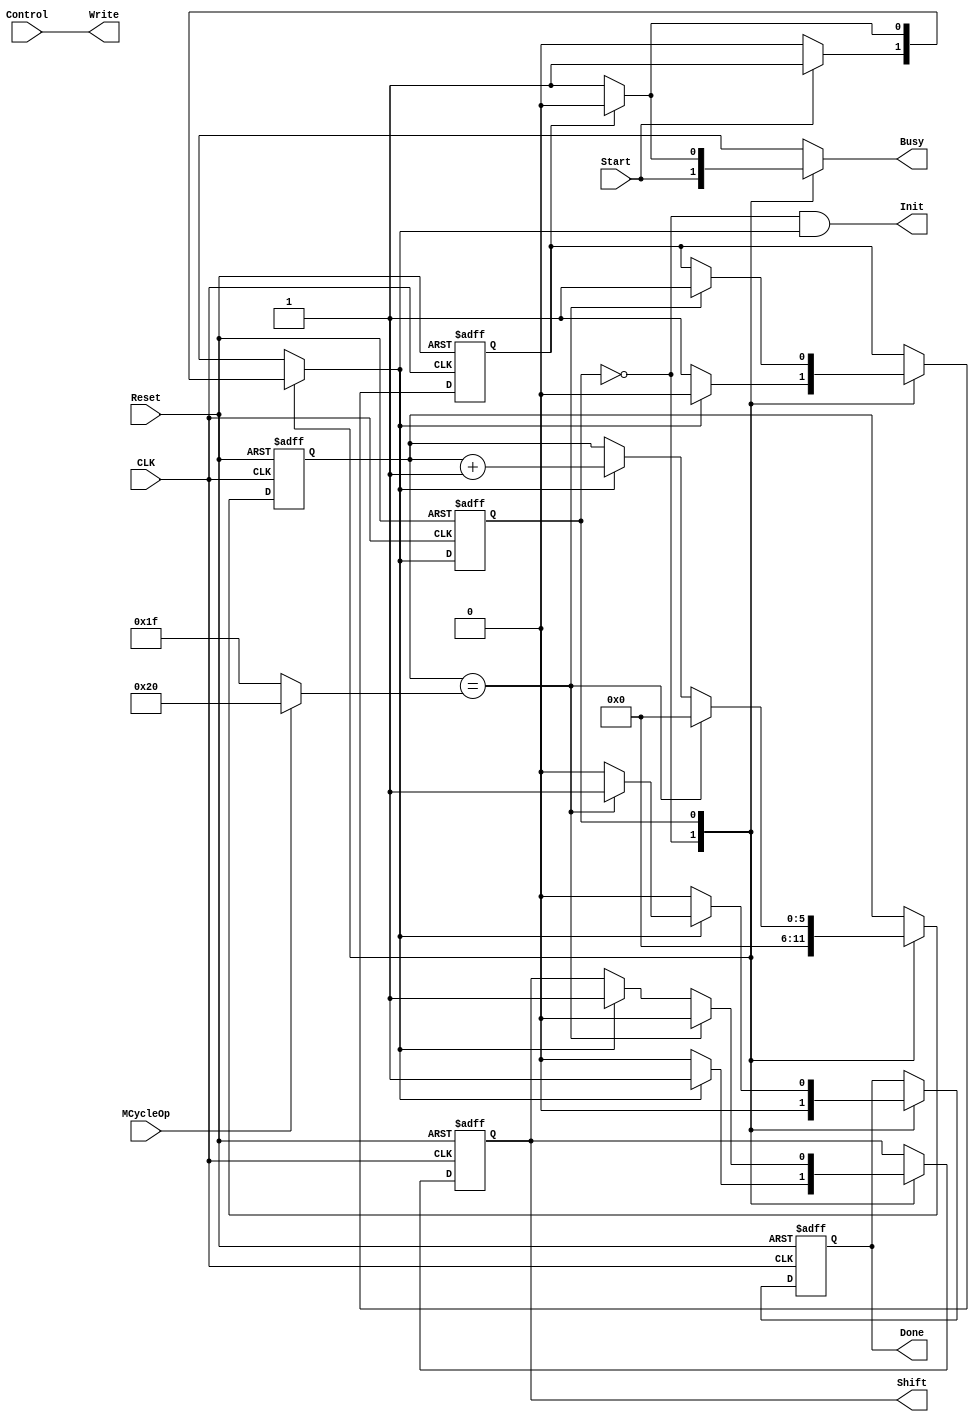
`timescale 1ns / 1ps
//////////////////////////////////////////////////////////////////////////////////
// Company: SUSTech
// Module Name: ControlTest
// Project Name: Processor
// Tool Versions: Vivado 2021.2
// Description: 
// 
//////////////////////////////////////////////////////////////////////////////////


`define     IDLE        1'b0
`define     COMPUTING   1'b1

module ControlTest #(
    parameter width = 32
)(
    input CLK,
    input Reset,
    input MCycleOp,
    input Start,
    input Control,
    output Init,
    output reg Shift,
    output Write,
    output reg Busy,
    output reg Done
    );
    
    
    reg current_state, next_state;
    reg [5:0] count = 0;
    reg done = 0;

    initial begin
        Shift = 0;
        Busy = 0;
        current_state = `IDLE;
        next_state = `IDLE;
        Done = 0;
    end

    assign Init = current_state == `IDLE & next_state == `COMPUTING;
    
    always @(posedge CLK, posedge Reset) begin
        if (Reset)
            current_state <= `IDLE;
        else
            current_state <= next_state;
    end
    
    
    
    always @(*) begin
        case (current_state)
            `IDLE: begin
                next_state = Start ? `COMPUTING : `IDLE;
                Busy = Start;
            end
            
            `COMPUTING: begin
                next_state = done ? `IDLE : `COMPUTING;
                Busy = done ? 1'b0 : 1'b1;
            end
        endcase
    end
    
    
    
    always @(posedge CLK, posedge Reset) begin
        if (Reset) begin
            count <= 0;
            Shift <= 0;
            done <= 0;
            Done <= 0;
        end
        else begin
            case (current_state)
                `IDLE: begin
                    count <= 0;
                    Shift <= next_state == `COMPUTING ? 1'b1 : 1'b0;
                    done <= next_state == `COMPUTING ? 1'b0 : 1'b1;
                    Done <= 1'b0;
                end
                
                `COMPUTING: begin
                    if (count == (MCycleOp ? width : width - 1)) begin
                        done <= 1'b1;
                        count <= 0;
                        Shift <= 1'b0;
                        Done <= 1'b1;
                    end
                    else if (next_state == `COMPUTING) begin
                        done <= done;
                        count <= count + 1;
                        Shift <= 1'b1;
                        Done <= 1'b0;
                    end

                    if (next_state == `IDLE) begin
                        Done <= 1'b0;
                    end
                end
            endcase
        end
    end
    
    
    assign Write = Control;
endmodule